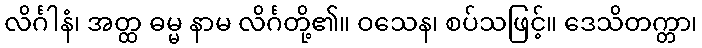
လိင်္ဂါနံ၊ အတ္ထ ဓမ္မ နာမ လိင်္ဂတို့၏။ ဝသေန၊ စပ်သဖြင့်။ ဒေသိတက္တာ၊